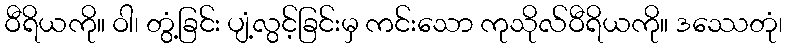
ဝီရိယကို။ ဝါ၊ တွံ့ခြင်း ပျံ့လွင့်ခြင်းမှ ကင်းသော ကုသိုလ်ဝီရိယကို။ ဒဿေတုံ၊